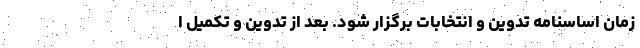
زمان اساسنامه تدوین و انتخابات برگزار شود. بعد از تدوین و تکمیل ا